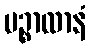
ပဉ္စာလာနံ